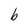
Character: b